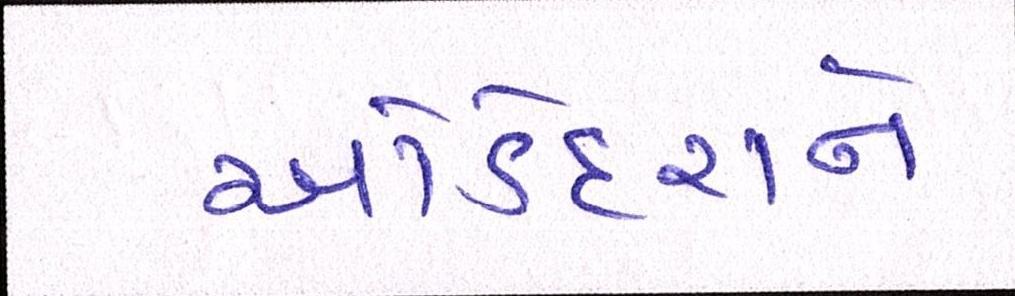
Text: ઓડેદરાને